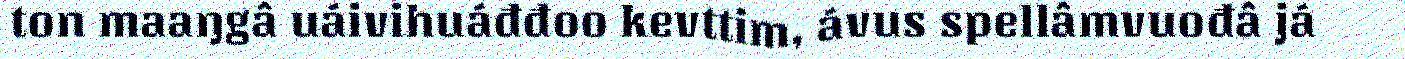
ton maaŋgâ uáivihuáđđoo kevttim, ávus spellâmvuođâ já